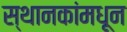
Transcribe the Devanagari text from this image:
स्थानकांमधून